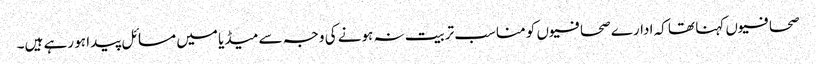
صحافیوں کہنا تھا کہ ادارے صحافیوں کو مناسب تربیت نہ ہونے کی وجہ سے میڈیا میں مسائل پیدا ہو رہے ہیں۔